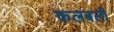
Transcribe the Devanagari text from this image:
कलबली